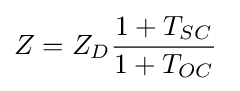
Z=Z_{D}{\frac {1+T_{SC}}{1+T_{OC}}}\